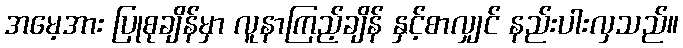
အမေ့အား ပြုစုချိန်မှာ လူနာကြည့်ချိန် နှင့်စာလျှင် နည်းပါးလှသည်။